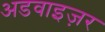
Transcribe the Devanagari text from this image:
अडवाइज़र